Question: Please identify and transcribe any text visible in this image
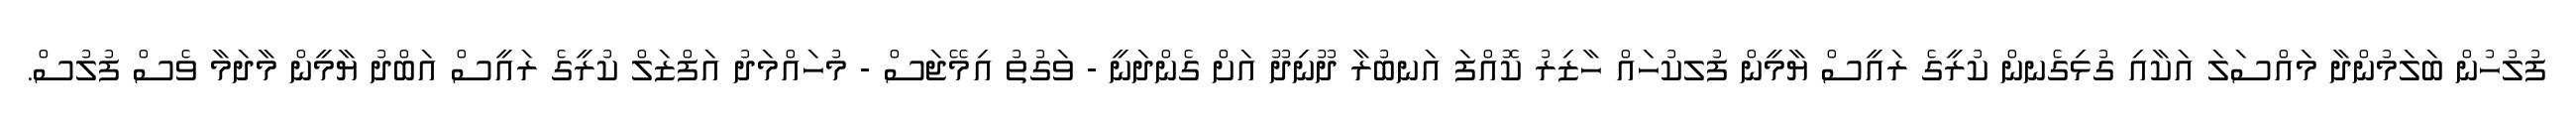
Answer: ފުލުހުން ބަލަމުންދާ މައްސަލަ އަކާއި ގުޅިގެނން ކުރީގެ ރައީސް ޔާމީން ފުލކުހައް ހާޒިރު ކޮއްފަ އަނބުރާ ދޫނިދޫ އަށް ގެންދަނީ - ވަގުތު އިމޭޖަސް - މުހައްމަދު އަފްޒަލް ކުރީގެ ރައީސް އަބްދު ޔާމީން މާދަމާ ވެސް ފުލުސް.